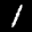
Label: 1